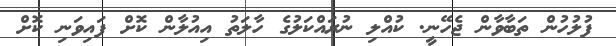
ފުލުހުން ތަބާވާން ޖެހޭނީ. ކުއްލި ނުރައްކަލުގެ ހާލަތު އިއުލާން ކޮށް ފައިވަނި ކޮށް